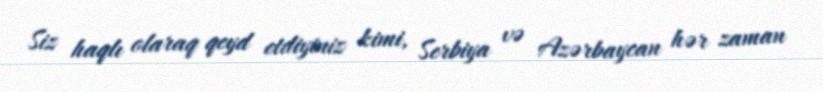
Siz haqlı olaraq qeyd etdiyiniz kimi, Serbiya və Azərbaycan hər zaman